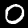
Digit: 0